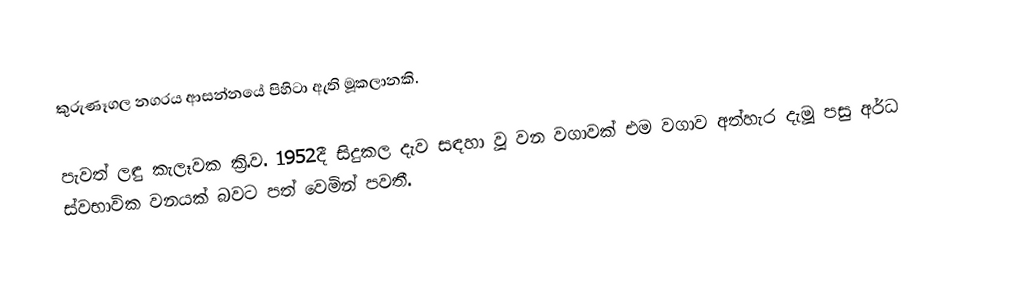
කුරුණෑගල නගරය ආසන්නයේ පිහිටා ඇති මූකලානකි.

පැවත් ලඳු කැලෑවක ක්‍රි.ව. 1952දී සිදුකල දැව සඳහා වූ වන වගාවක් එම වගාව අත්හැර දැමූ පසු අර්ධ ස්වභාවික වනයක් බවට පත් වෙමින් පවතී.